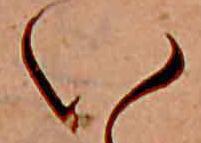
い